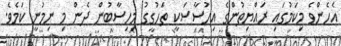
އެހެންވެ މިކަމުގައި ރައްޔިތުންގެ އިހުސާސަކީ ތަހުގީގު މިހިސާބުން ދެން މި ނިމުނީ ކަމެވެ.